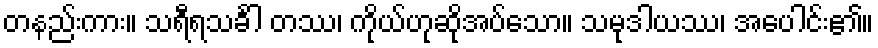
တနည်းကား။ သရီရသင်္ခါ တဿ၊ ကိုယ်ဟုဆိုအပ်သော။ သမုဒါယဿ၊ အပေါင်း၏။